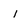
Character: i